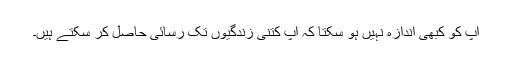
آپ کو کبھی اندازہ نہیں ہو سکتا کہ آپ کتنی زندگیوں تک رسائی حاصل کر سکتے ہیں۔